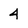
Character: 4